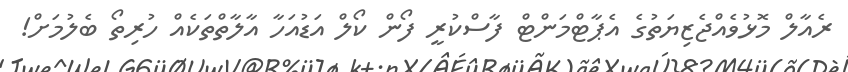
ރެއާލް މޮޅުވެއްޖެޒިޔަތުގެ އެޕާޓްމަންޓް ފާސްކުރީ ފޯން ކޯލް އަޑުއަހާ އާލާތްތަކެއް ހުރިތޯ ބެލުމަށް!